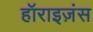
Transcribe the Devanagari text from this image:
हॉराइज़ंस